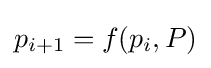
p_{i+1}=f(p_{i},P)